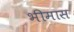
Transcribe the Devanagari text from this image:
भीमास